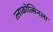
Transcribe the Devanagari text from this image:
त्लाकोत्सिनला